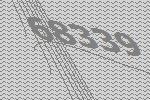
68339